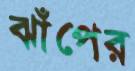
ঝাঁপের